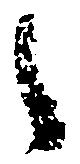
之